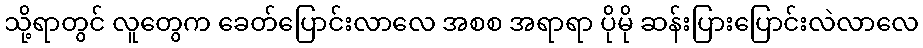
သို့ရာတွင် လူတွေက ခေတ်ပြောင်းလာလေ အစစ အရာရာ ပိုမို ဆန်းပြားပြောင်းလဲလာလေ